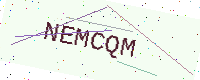
Text: NEMCQM